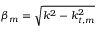
\beta _ { m } = \sqrt { k ^ { 2 } - k _ { t , m } ^ { 2 } }